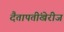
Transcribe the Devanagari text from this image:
दैतापतींखेरीज